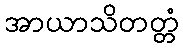
အာယာသိတတ္တံ